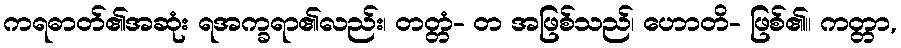
ကရဓာတ်၏အဆုံး ရအက္ခရာ၏လည်း၊ တတ္တံ- တ အဖြစ်သည်၊ ဟောတိ- ဖြစ်၏။ ကတ္တာ,